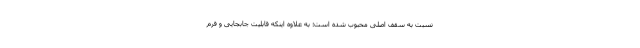
نسبت به سقف اصلی محبوب شده است؛ به علاوه اینکه قابلیت جابجایی و فرم